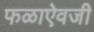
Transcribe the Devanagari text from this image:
फळाऐवजी